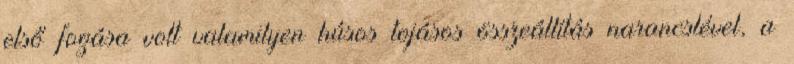
első fogása volt valamilyen húsos tojásos összeállítás narancslével, a